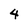
Character: 4